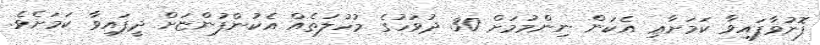
ފޮނުވާފައިވާ ކަމަށާޢި އެކަން ނިންމުމަށް 30 ދުވަހުގެ މުހުލަތެއް އެކުންފުންޏަށް ދީފައިވާ ކަމަށެވެ.